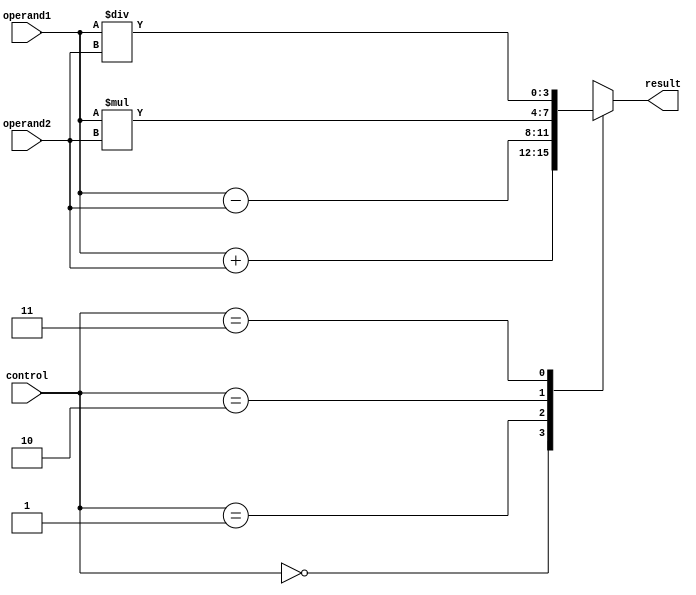
module ALU_4bit (
    input [3:0] operand1,
    input [3:0] operand2,
    input [1:0] control,
    output reg [3:0] result
);

always @(*)
begin
    case(control)
        2'b00: result = operand1 + operand2; // addition
        2'b01: result = operand1 - operand2; // subtraction
        2'b10: result = operand1 * operand2; // multiplication
        2'b11: result = operand1 / operand2; // division
    endcase
end

endmodule